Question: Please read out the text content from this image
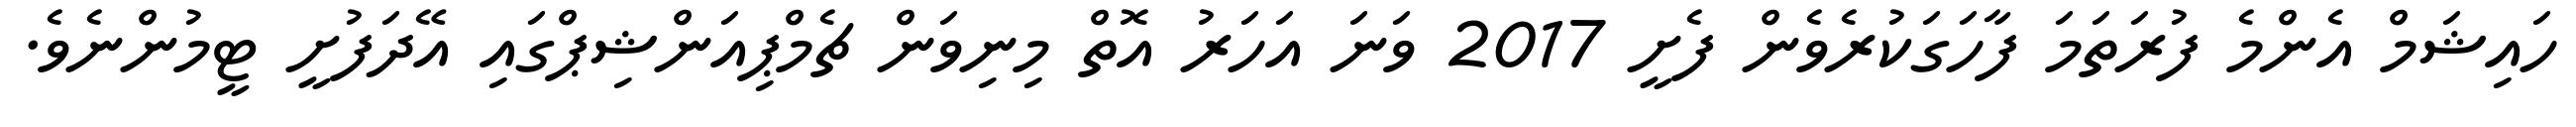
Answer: ހައިޝަމް އެންމެ ފުރަތަމަ ފާހަގަކުރެވެން ފެށީ 2017 ވަނަ އަހަރު އޮތް މިނިވަން ޗެމްޕިއަންޝިޕްގައި އޭދަފުށީ ޓީމުންނެވެ.